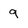
Character: 9